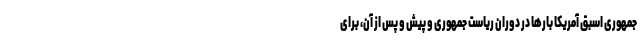
جمهوری اسبق آمریکا بارها در دوران ریاست جمهوری و پیش و پس از آن، برای